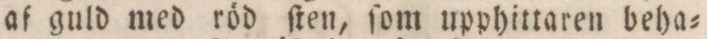
af guld med röd ſten, ſom upphittaren beha=